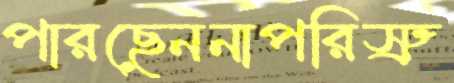
পারছেননাপরিস্রু